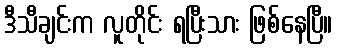
ဒီသီချင်းက လူတိုင်း ရပြီးသား ဖြစ်နေပြီ။